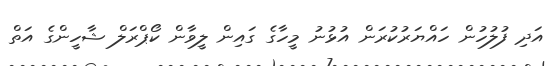
އަދި ފުލުހުން ހައްޔަރުކުރަން އުޅުނު މީހާގެ ގައިން ލީވާން ކޯޕްރަލް ޝާހީންގެ އަތް